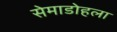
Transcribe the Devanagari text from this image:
सेमाडोहला